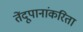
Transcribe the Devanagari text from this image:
तेंदूपानांकरिता